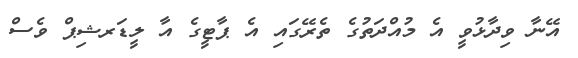
އޭނާ ވިދާޅުވީ އެ މުއްދަތުގެ ތެރޭގައި އެ ޕާޓީގެ އާ ލީޑަރޝިޕް ވެސް